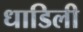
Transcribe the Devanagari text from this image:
धाडिली